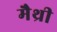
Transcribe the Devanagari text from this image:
मैथ्री